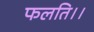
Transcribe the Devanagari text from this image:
फलति।।